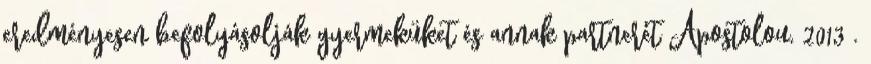
eredményesen befolyásolják gyermeküket és annak partnerét Apostolou, 2013 .